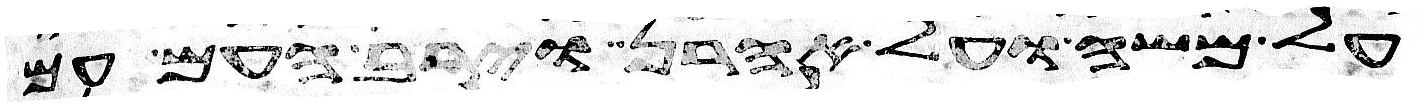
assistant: על משה ועל אהרן וירב העם עם